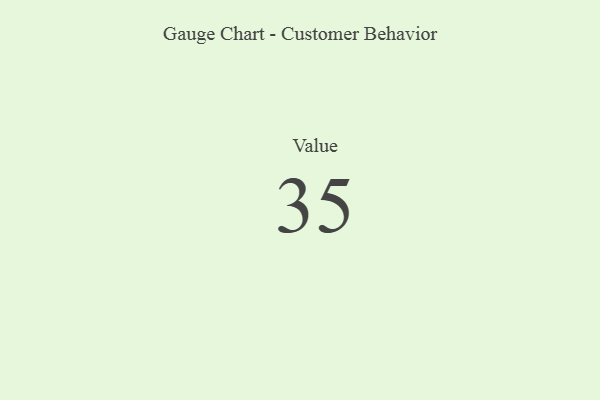
{"axis": {"x": "Metric", "y": "Value"}, "legend": [""], "data": [{"x": "Value", "y": 35, "type": ""}]}